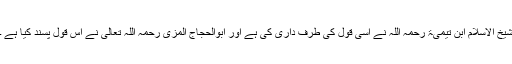
شیخ الاسلام ابن تیمیۃ رحمہ اللہ نے اسی قول کی طرف داری کی ہے اور ابوالحجاج المزی رحمہ اللہ تعالی نے اس قول پسند کیا ہے ۔